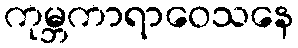
ကုမ္ဘကာရာဝေသနေ